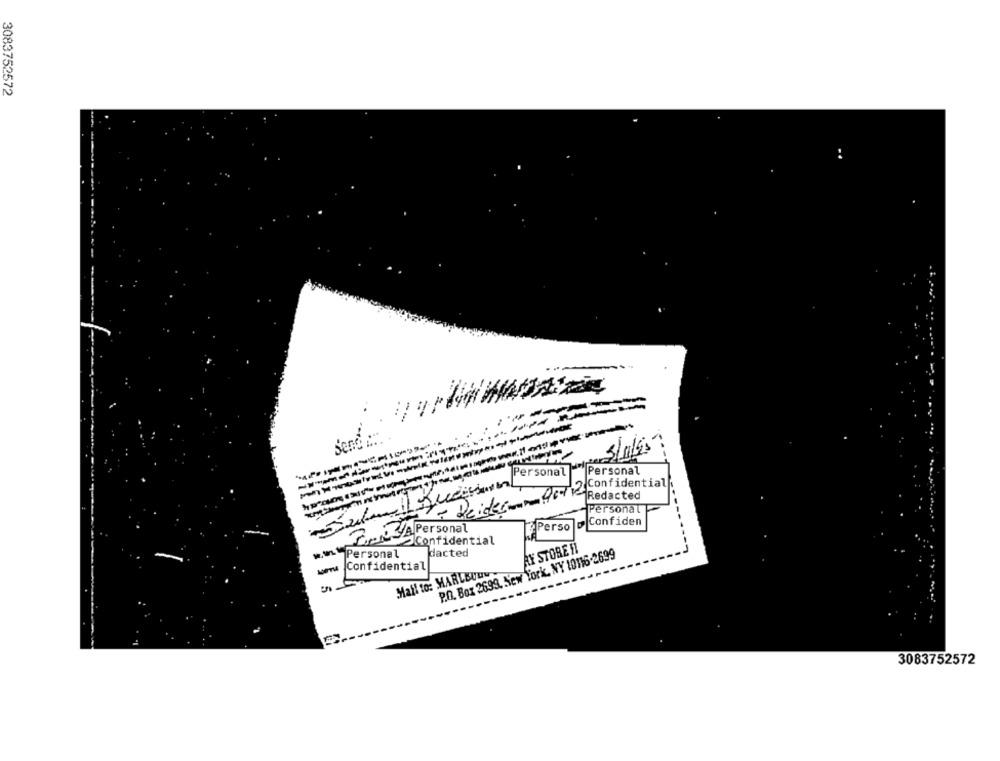
3083752572
. ... ... ......
Send ::
Personal
Personal
Oct 2 Confidential
Redacted
Personal
Persolo Confiden
APersonal
Confidential
AY STORE !!
Personal
dacted
P.O. Box 2699, New York, NY 10116-2699
www Confidential
Mail to: MARLEYUN
3083752572